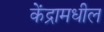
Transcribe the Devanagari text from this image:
केंद्रामधील